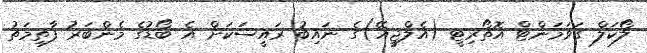
ލޯކަލް ގަވަމަންޓް އޮތޯރިޓީ (އެލްޖީއޭ)ގެ ނައިބު ރައީސަކަށް އެ ބޯޑުގެ މެންބަރު ފާތިމަތު